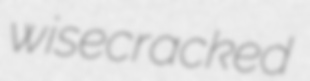
wisecracked